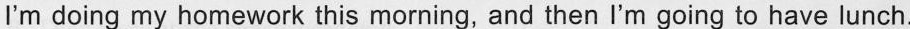
I'm doing my homework this morning, and then I'm going to have lunch.